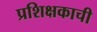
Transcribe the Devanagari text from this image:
प्रशिक्षकाची